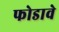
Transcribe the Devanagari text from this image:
फोडावे